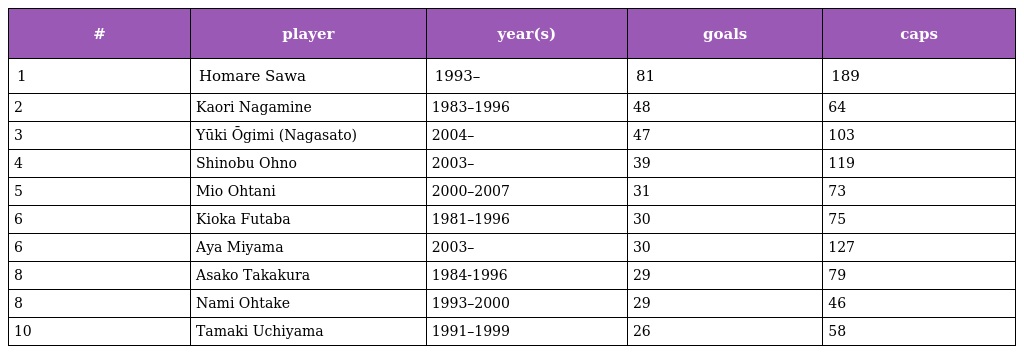
| # | player | year(s) | goals | caps |
 | --- | --- | --- | --- | --- |
 | 1 | Homare Sawa | 1993– | 81 | 189 |
 | 2 | Kaori Nagamine | 1983–1996 | 48 | 64 |
 | 3 | Yūki Ōgimi (Nagasato) | 2004– | 47 | 103 |
 | 4 | Shinobu Ohno | 2003– | 39 | 119 |
 | 5 | Mio Ohtani | 2000–2007 | 31 | 73 |
 | 6 | Kioka Futaba | 1981–1996 | 30 | 75 |
 | 6 | Aya Miyama | 2003– | 30 | 127 |
 | 8 | Asako Takakura | 1984-1996 | 29 | 79 |
 | 8 | Nami Ohtake | 1993–2000 | 29 | 46 |
 | 10 | Tamaki Uchiyama | 1991–1999 | 26 | 58 |